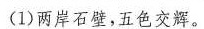
(1)两岸石壁，五色交辉。